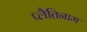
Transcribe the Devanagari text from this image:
प्लैतिनाम